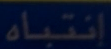
إنتباه